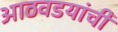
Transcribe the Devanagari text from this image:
आठवडयांची